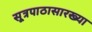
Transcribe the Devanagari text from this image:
सूत्रपाठासारख्या